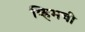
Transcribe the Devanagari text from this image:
व्हिमची